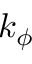
k _ { \phi }